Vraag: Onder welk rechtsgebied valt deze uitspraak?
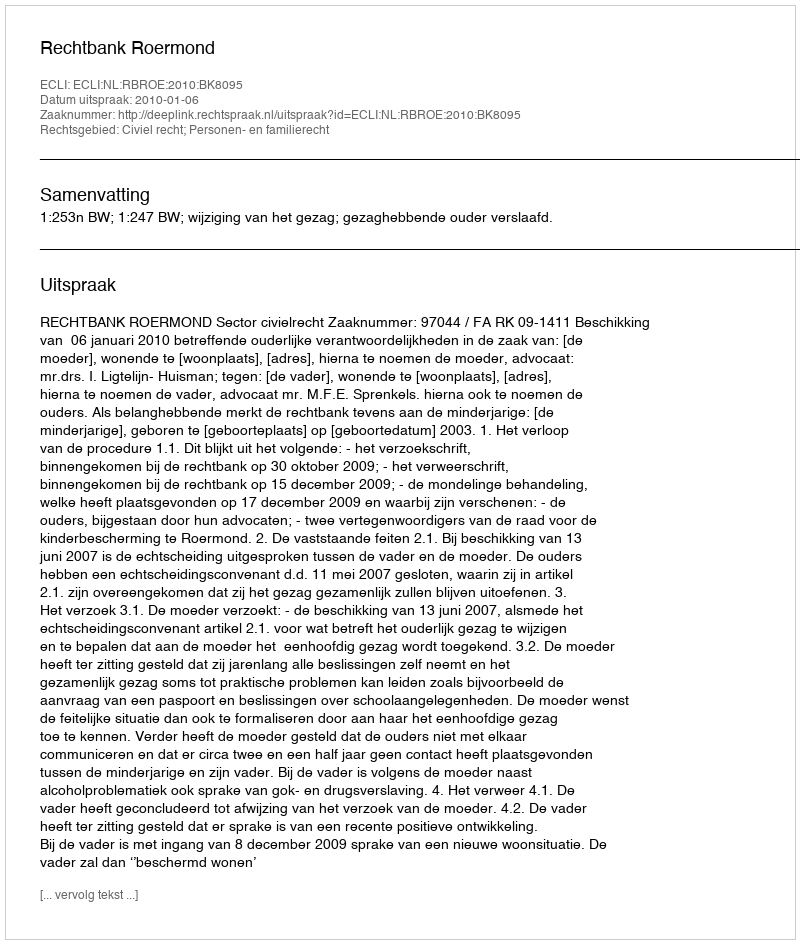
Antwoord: Civiel recht; Personen- en familierecht